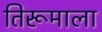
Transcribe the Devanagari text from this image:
तिरूमाला